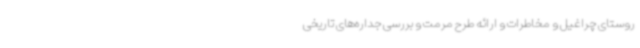
روستای چراغیل و مخاطرات و ارائه طرح مرمت و بررسی جداره‌های تاریخی